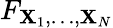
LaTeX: F_{\mathbf{X}_{1},\ldots,\mathbf{X}_{N}}